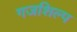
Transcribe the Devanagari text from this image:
गजशिल्प